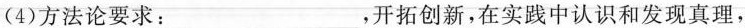
(4)方法论要求：___，开拓创新，在实践中认识和发现真理，